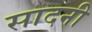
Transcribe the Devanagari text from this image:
सादनी